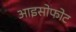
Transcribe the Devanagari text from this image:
आइसोफोट